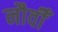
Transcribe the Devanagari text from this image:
नौवीँ